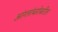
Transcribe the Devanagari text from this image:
आंग्लांबरोबरील